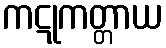
ကဋုကတ္တာယ